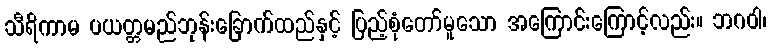
သီရိကာမ ပယတ္တမည်ဘုန်းခြောက်ထည်နှင့် ပြည့်စုံတော်မူသော အကြောင်းကြောင့်လည်း။ ဘဂဝါ၊